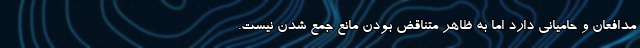
مدافعان و حامیانی دارد اما به ظاهر متناقض بودن مانع جمع شدن نیست.